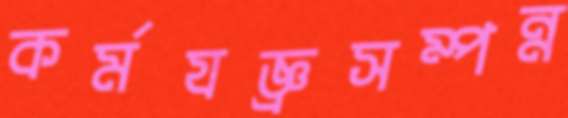
কর্মযজ্ঞ্রসম্পন্ন